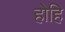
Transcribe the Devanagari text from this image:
होहि